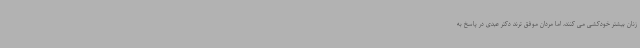
زنان بیشتر خودکشی می کنند، اما مردان موفق ترند دکتر عبدی در پاسخ به